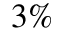
3 \%